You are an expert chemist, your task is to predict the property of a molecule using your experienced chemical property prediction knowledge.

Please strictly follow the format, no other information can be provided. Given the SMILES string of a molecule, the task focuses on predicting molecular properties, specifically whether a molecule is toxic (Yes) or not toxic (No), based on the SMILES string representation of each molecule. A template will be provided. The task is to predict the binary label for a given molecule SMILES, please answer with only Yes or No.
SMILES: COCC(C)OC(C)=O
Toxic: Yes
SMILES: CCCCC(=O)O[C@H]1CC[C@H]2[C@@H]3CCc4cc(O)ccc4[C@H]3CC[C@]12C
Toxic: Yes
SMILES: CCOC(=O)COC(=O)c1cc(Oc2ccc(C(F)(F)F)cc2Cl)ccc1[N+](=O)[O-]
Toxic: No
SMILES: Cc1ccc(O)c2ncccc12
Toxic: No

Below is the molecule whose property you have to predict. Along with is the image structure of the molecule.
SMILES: C1C2OC2C2C1C1CC2C2OC12
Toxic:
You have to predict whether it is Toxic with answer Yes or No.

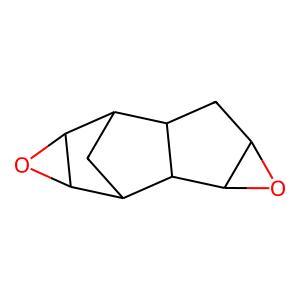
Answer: No